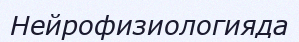
Нейрофизиологияда